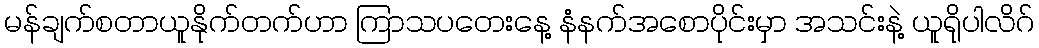
မန်ချက်စတာယူနိုက်တက်ဟာ ကြာသပတေးနေ့ နံနက်အစောပိုင်းမှာ အသင်းနဲ့ ယူရိုပါလိဂ်